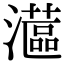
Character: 𤁮